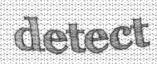
detect